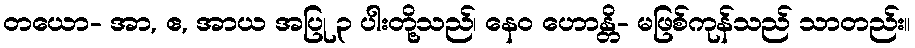
တယော- အာ, ဧ, အာယ အပြု ၃ ပါးတို့သည်၊ နေဝ ဟောန္တိ- မဖြစ်ကုန်သည် သာတည်း။